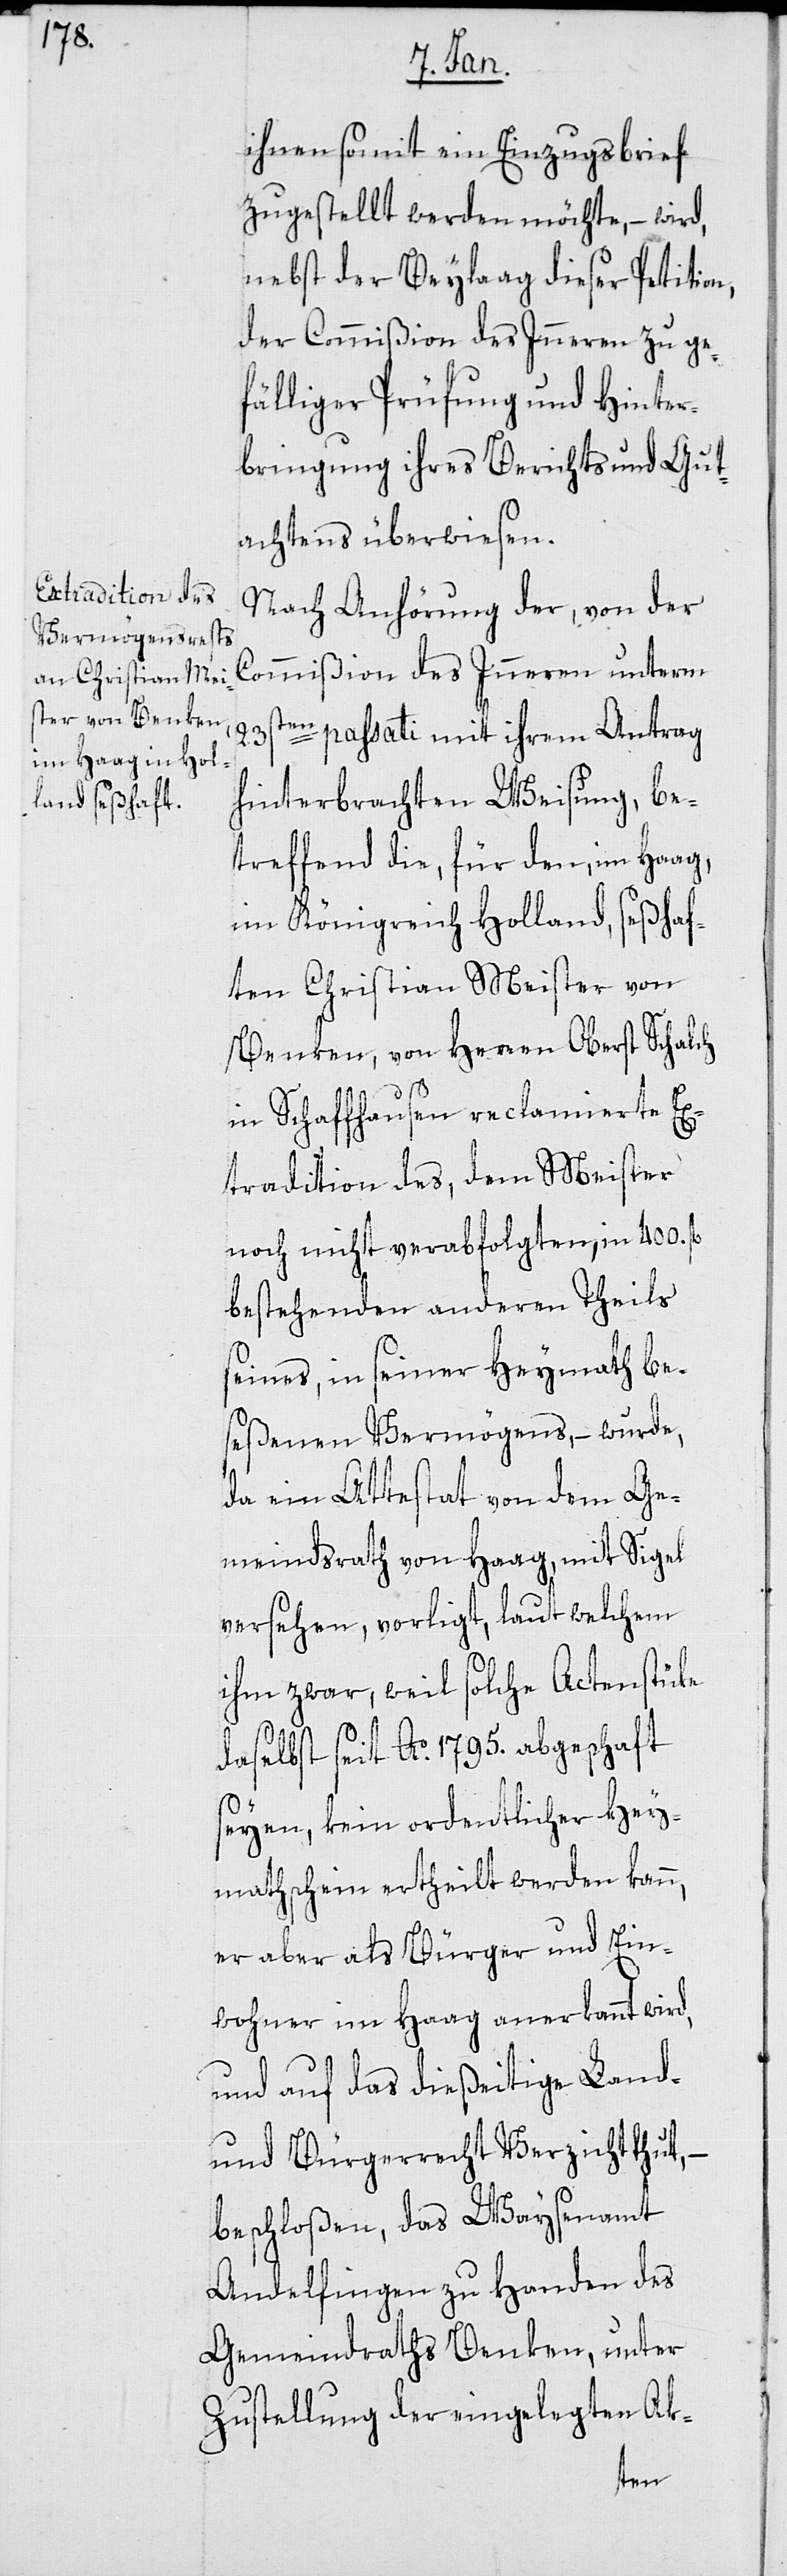
ihnen somit ein Einzugsbrief
zugestellt werden möchte, – wird
nebst der Beylaag dießer Petition,
der Commißion des Inneren zu ge¬
fälliger Prüfung und Hinter¬
bringung ihres Berichts und Gut¬
achtens überwiesen.
Nach Anhörung der, von der
Commißion des Inneren unterm
23st¬
en passati mit ihrem Antrag
hinterbrachten Weisung, be¬
treffend die, für den im Haag,
im Königreich Holland seßhaf¬
ten Christian Meister von
Benken, von Herren Oberst Schalch
in Schaffhausen reclamierte Ex¬
tradition des, dem Meister
noch nicht verabfolgten, in 400.
bestehenden anderen Theils
seines, in seiner Heymath be¬
seßenen Vermögens, – wurde,
da ein Attestat von dem Ge¬
meindrath von Haag mit Sigel
versehen, vorligt, laut welchem
ihm zwar, weil solche Actenstüke
daselbst seit Ao 1795. abgeschaft
seyen, kein ordentlicher Hey¬
mathschein ertheilt werden kann,
er aber als Bürger und Ein¬
wohner im Haag anerkannt wird,
und auf das dießeitige Land-
und Bürgerrecht Verzicht thut, –
beschloßen, das Waysenamt
Andelfingen zu Handen des
Gemeindraths Benken, unter
Zustellung der eingelegten Ak-